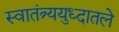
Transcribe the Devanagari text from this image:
स्वातंत्र्ययुध्दातले